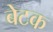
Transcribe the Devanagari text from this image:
बेटक